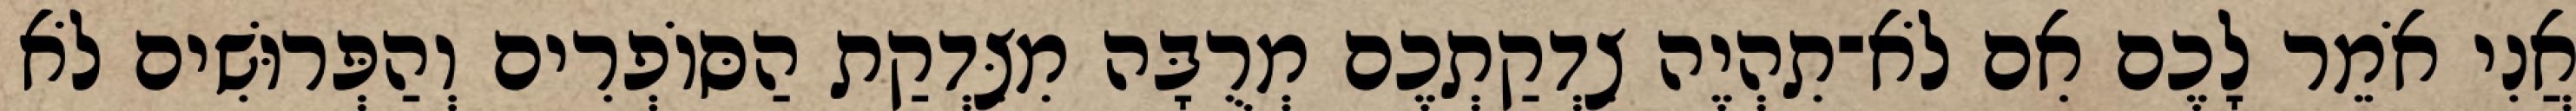
אֲנִי אֹמֵר לָכֶם אִם לֹא־תִהְיֶה צִדְקַתְכֶם מְרֻבָּה מִצִּדְקַת הַסּוֹפְרִים וְהַפְּרוּשִׁים לֹא